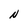
Character: N